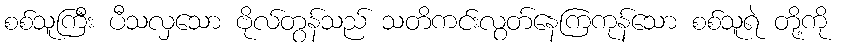
စစ်သူကြီး ပီသလှသော ဗိုလ်တွန်သည် သတိကင်းလွတ်နေကြကုန်သော စစ်သူရဲ တို့ကို